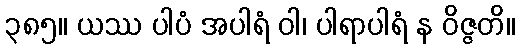
၃၈၅။ ယဿ ပါပံ အပါရံ ဝါ၊ ပါရာပါရံ န ဝိဇ္ဇတိ။